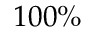
1 0 0 \%